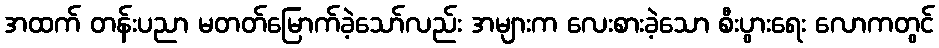
အထက် တန်းပညာ မတတ်မြောက်ခဲ့သော်လည်း အများက လေးစားခဲ့သော စီးပွားရေး လောကတွင်